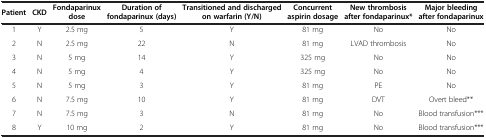
<table><thead><tr><td><b>Patient</b></td><td><b>CKD</b></td><td><b>Fondaparinux dose</b></td><td><b>Duration of fondaparinux (days)</b></td><td><b>Transitioned and discharged on warfarin (Y/N)</b></td><td><b>Concurrent aspirin dosage</b></td><td><b>New thrombosis after fondaparinux*</b></td><td><b>Major bleeding after fondaparinux</b></td></tr></thead><tbody><tr><td>1</td><td>Y</td><td>2.5 mg</td><td>5</td><td>Y</td><td>81 mg</td><td>No</td><td>No</td></tr><tr><td>2</td><td>N</td><td>2.5 mg</td><td>22</td><td>N</td><td>81 mg</td><td>LVAD thrombosis</td><td>No</td></tr><tr><td>3</td><td>N</td><td>5 mg</td><td>14</td><td>Y</td><td>325 mg</td><td>No</td><td>No</td></tr><tr><td>4</td><td>N</td><td>5 mg</td><td>4</td><td>Y</td><td>325 mg</td><td>No</td><td>No</td></tr><tr><td>5</td><td>N</td><td>5 mg</td><td>3</td><td>Y</td><td>81 mg</td><td>PE</td><td>No</td></tr><tr><td>6</td><td>N</td><td>7.5 mg</td><td>10</td><td>Y</td><td>81 mg</td><td>DVT</td><td>Overt bleed**</td></tr><tr><td>7</td><td>N</td><td>7.5 mg</td><td>3</td><td>N</td><td>81 mg</td><td>No</td><td>Blood transfusion***</td></tr><tr><td>8</td><td>Y</td><td>10 mg</td><td>2</td><td>Y</td><td>81 mg</td><td>No</td><td>Blood transfusion***</td></tr></tbody></table>